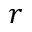
r